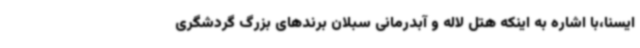
ایسنا،با اشاره به اینکه هتل لاله و آبدرمانی سبلان برندهای بزرگ گردشگری